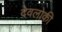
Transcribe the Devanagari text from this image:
देवलोकी